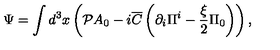
\Psi = \int { d ^ { 3 } x } \left( { { \cal P } A _ { 0 } - i { \overline { C } } \left( { \partial _ { i } \Pi ^ { i } - \frac { \xi } { 2 } \Pi _ { 0 } } \right) } \right) ,